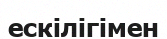
ескілігімен